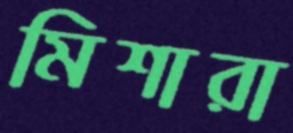
মিশারা